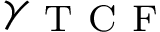
\gamma _ { \mathrm { ~ T ~ C ~ F ~ } }